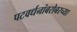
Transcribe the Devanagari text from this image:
पटवर्धनांबरोबरच्या